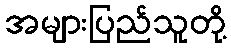
အများပြည်သူတို့